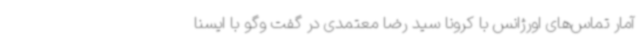
آمار تماس‌های اورژانس با کرونا سید رضا معتمدی در گفت وگو با ایسنا